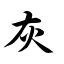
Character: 灰